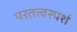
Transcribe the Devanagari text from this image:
परतत्त्वस्पर्श